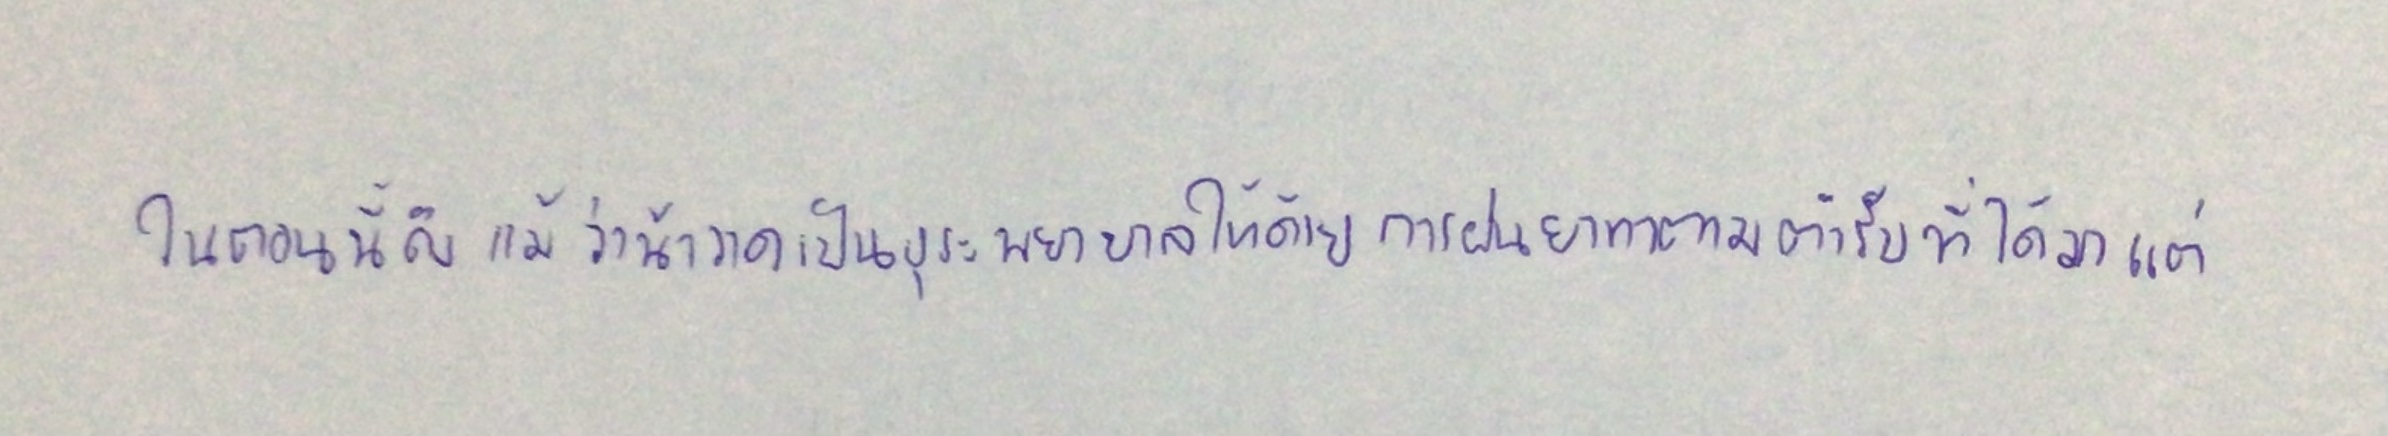
ในตอนนี้ถึงแม้ว่าน้าวาดเป็นธุระพยาบาลให้ด้วยการฝนยาทาตามตำรับที่ได้มาแต่